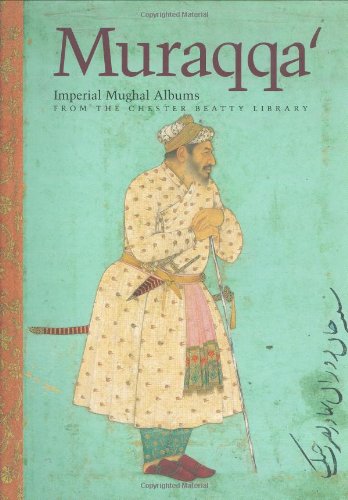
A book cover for Muraqqa': Imperial Mughal Albums from the Chester Beatty Library; Elaine Wright; Arts & Photography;